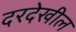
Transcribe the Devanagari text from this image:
दरदेखील